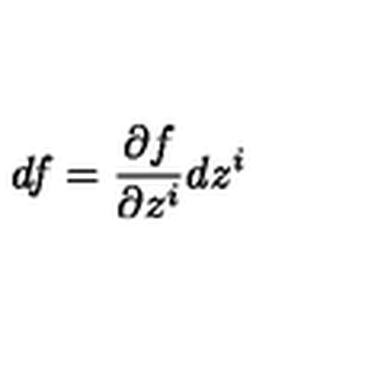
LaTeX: d f = \frac { \partial f } { \partial z ^ { i } } d z ^ { i }